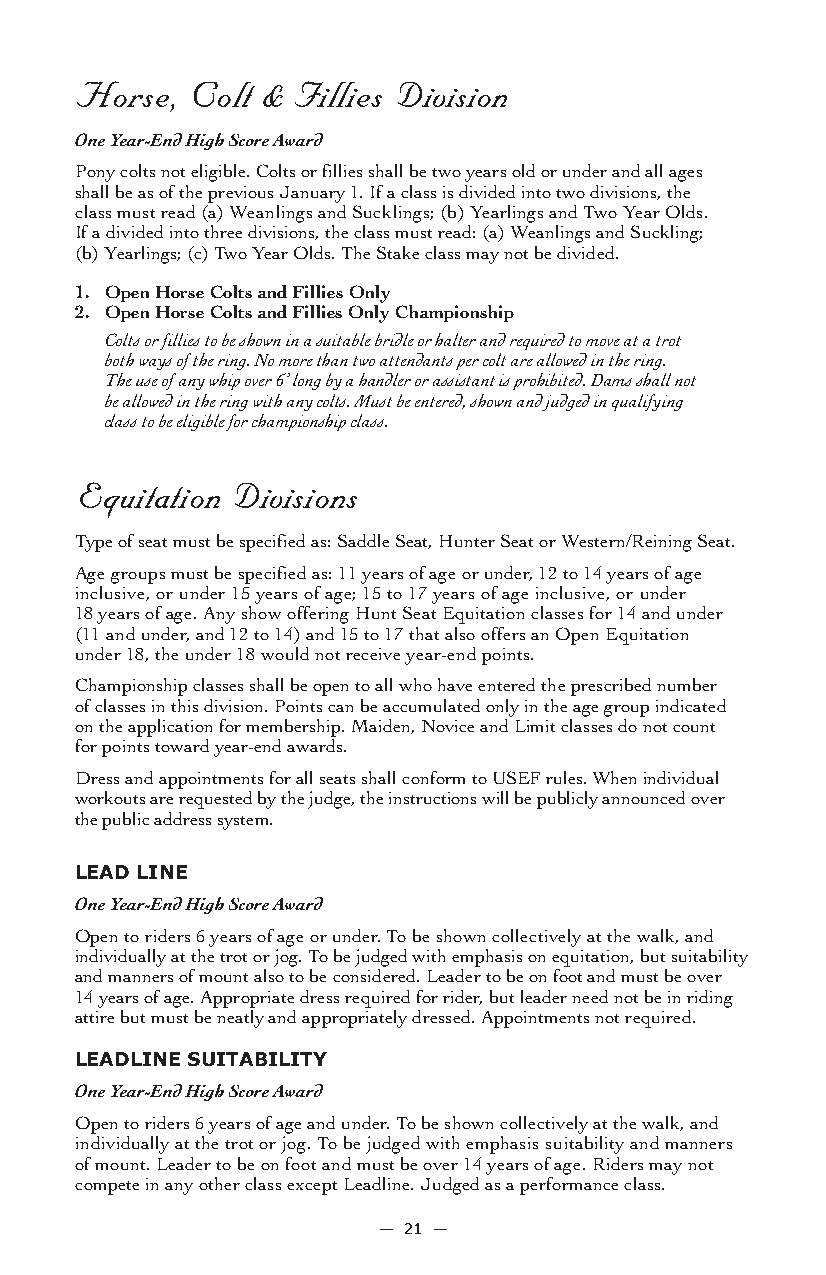
Horse, Colt & Fillies Division
 One Year-End High Score Award
 Pony colts not eligible. Colts or fillies shall be two years old or under and all ages
 shall be as of the previous January 1. If a class is divided into two divisions, the
 class must read (a) Weanlings and Sucklings; (b) Yearlings and Two Year Olds.
 If a divided into three divisions, the class must read: (a) Weanlings and Suckling;
 (b) Yearlings; (c) Two Year Olds. The Stake class may not be divided.
 1. Open Horse Colts and Fillies Only
 2. Open Horse Colts and Fillies Only Championship
 Colts or fillies to be shown in a suitable bridle or halter and required to move at a trot
 both ways of the ring. No more than two attendants per colt are allowed in the ring.
 The use of any whip over 6’ long by a handler or assistant is prohibited. Dams shall not
 be allowed in the ring with any colts. Must be entered, shown and judged in qualifying
 class to be eligible for championship class.
 Equitation Divisions
 Type of seat must be specified as: Saddle Seat, Hunter Seat or Western/Reining Seat.
 Age groups must be specified as: 11 years of age or under, 12 to 14 years of age
 inclusive, or under 15 years of age; 15 to 17 years of age inclusive, or under
 18 years of age. Any show offering Hunt Seat Equitation classes for 14 and under
 (11 and under, and 12 to 14) and 15 to 17 that also offers an Open Equitation
 under 18, the under 18 would not receive year-end points.
 Championship classes shall be open to all who have entered the prescribed number
 of classes in this division. Points can be accumulated only in the age group indicated
 on the application for membership. Maiden, Novice and Limit classes do not count
 for points toward year-end awards.
 Dress and appointments for all seats shall conform to USEF rules. When individual
 workouts are requested by the judge, the instructions will be publicly announced over
 the public address system.
 LeaD Line
 One Year-End High Score Award
 Open to riders 6 years of age or under. To be shown collectively at the walk, and
 individually at the trot or jog. To be judged with emphasis on equitation, but suitability
 and manners of mount also to be considered. Leader to be on foot and must be over
 14 years of age. Appropriate dress required for rider, but leader need not be in riding
 attire but must be neatly and appropriately dressed. Appointments not required.
 LeaDLine sUiTaBiLiTY
 One Year-End High Score Award
 Open to riders 6 years of age and under. To be shown collectively at the walk, and
 individually at the trot or jog. To be judged with emphasis suitability and manners
 of mount. Leader to be on foot and must be over 14 years of age. Riders may not
 compete in any other class except Leadline. Judged as a performance class.
 — 21 —